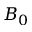
B _ { 0 }